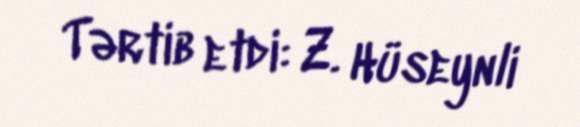
Tərtib etdi: Z. Hüseynli